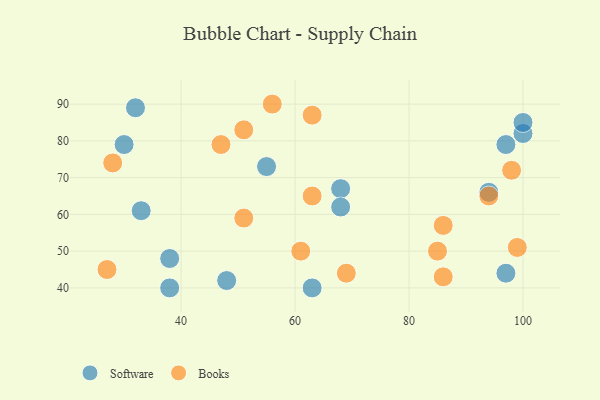
{"axis": {"x": "GDP", "y": "Life Expectancy"}, "legend": ["Books", "Software"], "data": [{"x": "48", "y": 42, "type": "Software"}, {"x": "55", "y": 73, "type": "Software"}, {"x": "68", "y": 67, "type": "Software"}, {"x": "97", "y": 79, "type": "Software"}, {"x": "38", "y": 48, "type": "Software"}, {"x": "100", "y": 82, "type": "Software"}, {"x": "33", "y": 61, "type": "Software"}, {"x": "68", "y": 62, "type": "Software"}, {"x": "97", "y": 44, "type": "Software"}, {"x": "100", "y": 85, "type": "Software"}, {"x": "30", "y": 79, "type": "Software"}, {"x": "63", "y": 40, "type": "Software"}, {"x": "94", "y": 66, "type": "Software"}, {"x": "38", "y": 40, "type": "Software"}, {"x": "32", "y": 89, "type": "Software"}, {"x": "51", "y": 59, "type": "Books"}, {"x": "47", "y": 79, "type": "Books"}, {"x": "51", "y": 83, "type": "Books"}, {"x": "27", "y": 45, "type": "Books"}, {"x": "28", "y": 74, "type": "Books"}, {"x": "85", "y": 50, "type": "Books"}, {"x": "86", "y": 43, "type": "Books"}, {"x": "94", "y": 65, "type": "Books"}, {"x": "98", "y": 72, "type": "Books"}, {"x": "61", "y": 50, "type": "Books"}, {"x": "63", "y": 87, "type": "Books"}, {"x": "69", "y": 44, "type": "Books"}, {"x": "99", "y": 51, "type": "Books"}, {"x": "86", "y": 57, "type": "Books"}, {"x": "63", "y": 65, "type": "Books"}, {"x": "56", "y": 90, "type": "Books"}]}